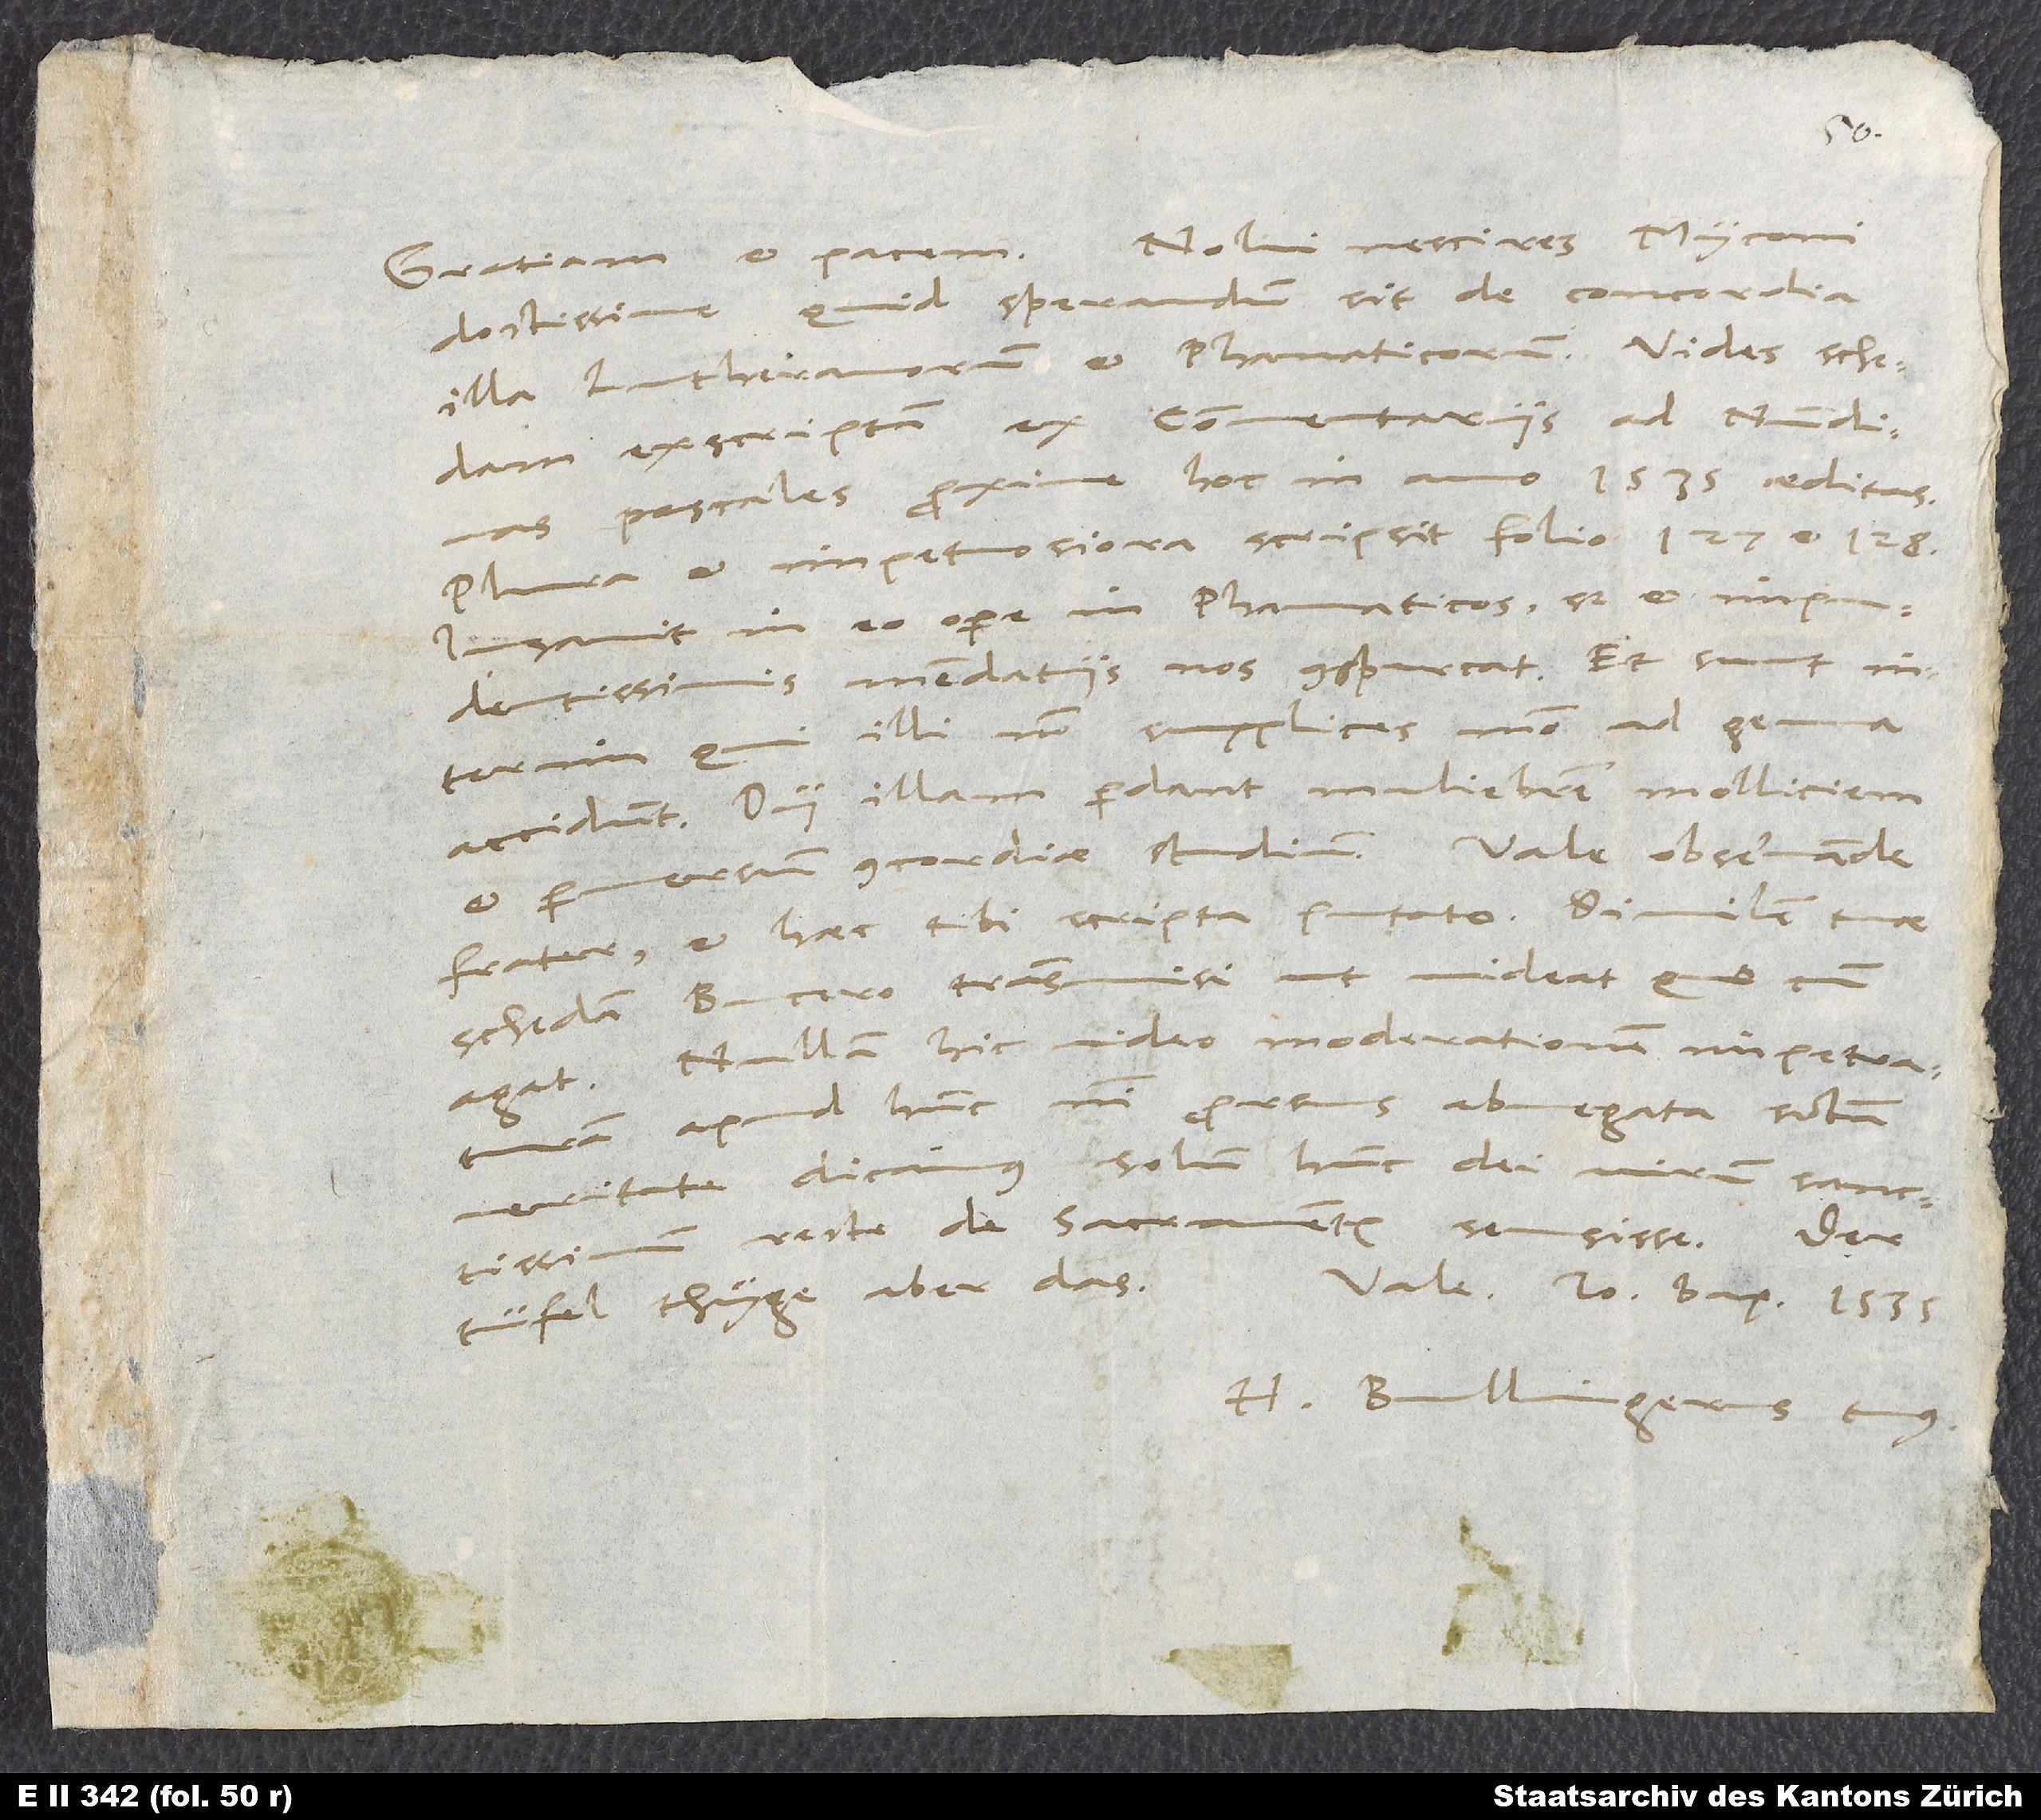
doctissime, quid sperandum sit de concordia
illa Lutheranorum et phanaticorum. Vides schedam
exscriptam ex commentariis ad nundinas
pascales proxime hoc in anno 1535 aeditas.
Plura et impetuosiora scripsit folio 127 et 128.
Insanit in eo opere in phanaticos, sed et impudentissimis
mendatiis nos conspurcat. Et sunt
qui illi non supplices modo ad genua
accidunt. Dii illam perdant muliebrem molliciem
schedam Bucero transmisi, ut videat, quocum
agat. Nullam hic video moderationem impetraturam
apud hunc, nisi prorsus abnegata sancta
veritate dicamus solum hunc dei
recte de sacramentis sensisse. Der
tüfel thuͤyge aber das!
H. Bullingerus tuus.